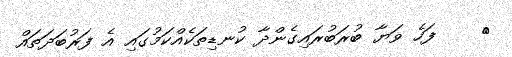
٦    ފަހެ ވަޔާ ބުރަބުރައިގެންދާ ކުނޑިތަކެއްކަމުގައި އެ ފަރުބަދަތައް